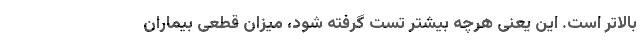
بالاتر است. این یعنی هرچه بیشتر تست گرفته شود، میزان قطعی بیماران